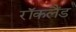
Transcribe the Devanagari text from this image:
रॉकलैंड